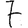
Digit: 7